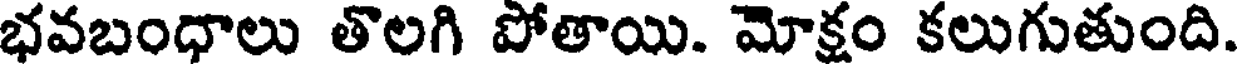
భవబంధాలు తొలగి పోతాయి. మోక్షం కలుగుతుంది.